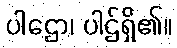
ပါဌော၊ ပါဌ်ရှိ၏။